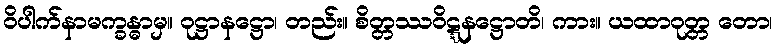
ဝိပါက်နာမက္ခန္ဓာမှ။ ဝုဋ္ဌာနဋ္ဌော၊ တည်း။ စိတ္တဿဝိဋ္ဋနဋ္ဌောတိ၊ ကား။ ယထာဝုတ္တ တော၊